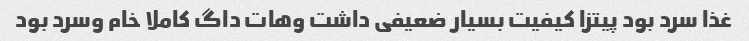
غذا سرد بود پیتزا کیفیت بسیار ضعیفی داشت وهات داگ کاملا خام وسرد بود